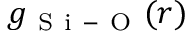
g _ { \mathrm { ~ S ~ i ~ - ~ O ~ } } ( r )